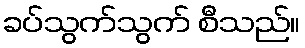
ခပ်သွက်သွက် စီသည်။